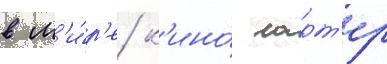
в м'и́р'е к'ино́ ларт'ер